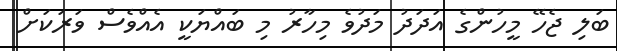
ބަލި ޖެހޭ މީހުންގެ އަދަދު މަދުވެ މިހާރު މި ބައްޔަކީ އެއްވެސް ވަރަކަށް